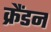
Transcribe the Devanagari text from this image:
क्रैंडन